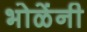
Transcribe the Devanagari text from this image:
भोळेंनी